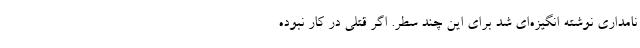
نامداری نوشته انگیزه‌ای شد برای این چند سطر. اگر قتلی در کار نبوده